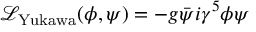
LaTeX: { \mathcal { L } } _ { \mathrm { Y u k a w a } } ( \phi , \psi ) = - g { \bar { \psi } } i \gamma ^ { 5 } \phi \psi